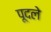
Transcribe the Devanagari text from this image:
पूदले